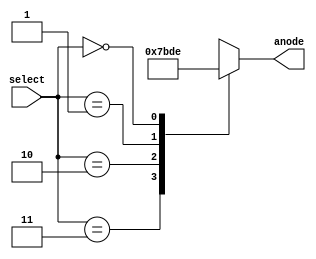
`timescale 1ns / 1ps
//////////////////////////////////////////////////////////////////////////////////
// Company: 
// Engineer: 
// 
// Design Name: 
// Module Name: ssegAnodeDecoder
// Project Name: 
// Target Devices: 
// Tool Versions: 
// Description: 
// 
// Dependencies: 
// 
// Revision:
// Revision 0.01 - File Created
// Additional Comments:
// 
//////////////////////////////////////////////////////////////////////////////////


module ssegAnodeDecoder(
 input [1:0] select,
    output reg [3:0] anode
);
always @(select)
begin
    case (select)
        2'b11: anode <= 4'b0111;
        2'b10: anode <= 4'b1011;
        2'b01: anode <= 4'b1101;
        2'b00: anode <= 4'b1110;
    endcase
end
endmodule